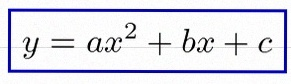
y=ax^2+bx+c